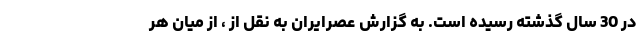
در 30 سال گذشته رسیده است. به گزارش عصرایران به نقل از ، از میان هر